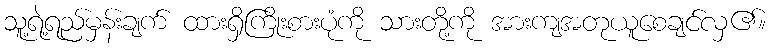
သူ့ရဲ့ရည်မှန်းချက် ထားရှိကြိုးစားပုံကို သားတို့ကို အားကျအတုယူစေချင်လှ၏။